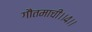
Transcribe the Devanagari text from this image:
गौतमाची।।४।।